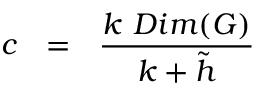
c ~ ~ = ~ ~ { \frac { k ~ D i m ( G ) } { k + { \tilde { h } } } }